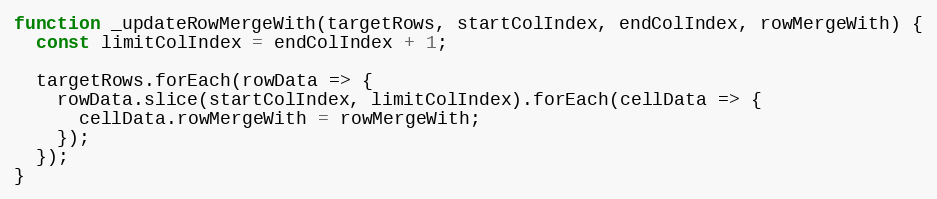
Language: JavaScript
function _updateRowMergeWith(targetRows, startColIndex, endColIndex, rowMergeWith) {
  const limitColIndex = endColIndex + 1;

  targetRows.forEach(rowData => {
    rowData.slice(startColIndex, limitColIndex).forEach(cellData => {
      cellData.rowMergeWith = rowMergeWith;
    });
  });
}